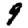
Digit: 9